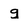
Character: g